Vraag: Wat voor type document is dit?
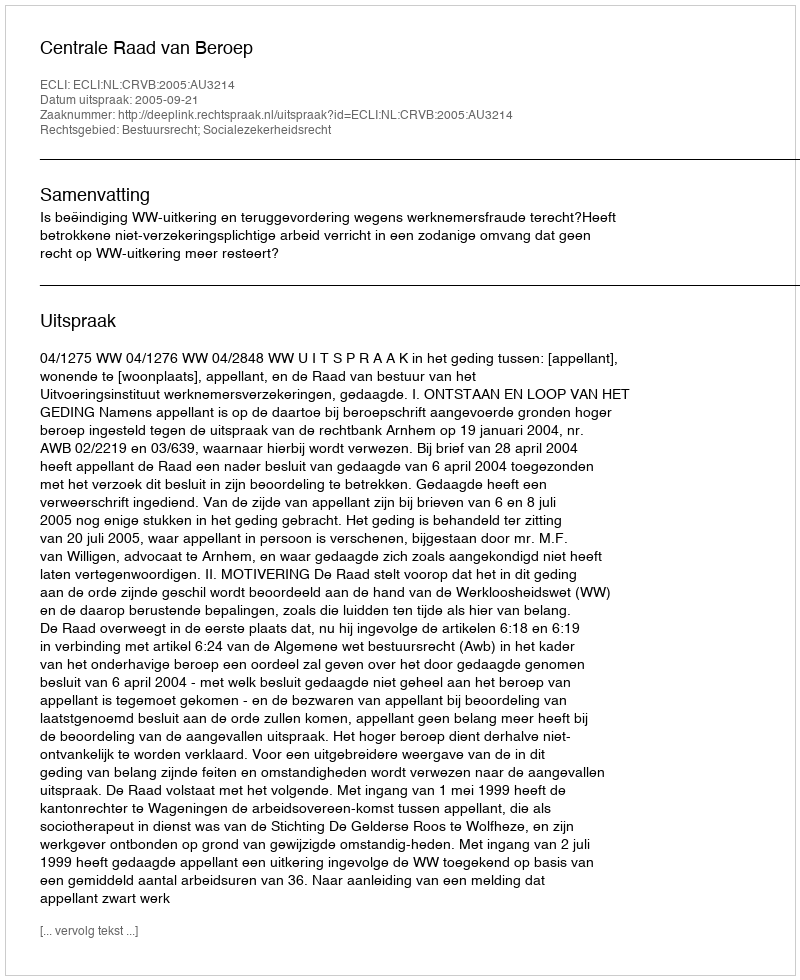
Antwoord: Uitspraak